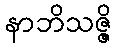
နာဘိသဇ္ဇိ